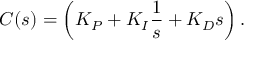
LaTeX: C ( s ) = \left( K _ { P } + K _ { I } { \frac { 1 } { s } } + K _ { D } s \right) .